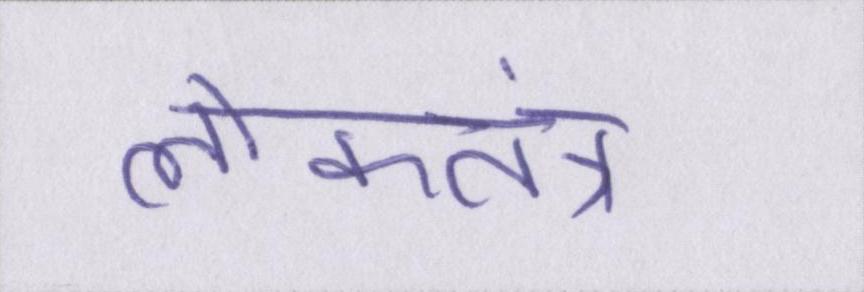
लोकतंत्र